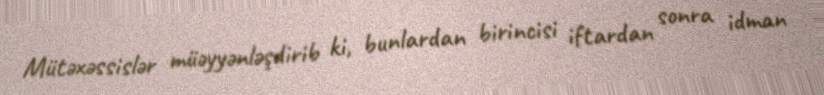
Mütəxəssislər müəyyənləşdirib ki, bunlardan birincisi iftardan sonra idman